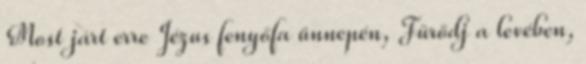
Most járt erre Jézus fenyőfa ünnepén, Fürödj a levében,